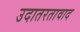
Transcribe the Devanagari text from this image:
उदातरतावाद